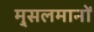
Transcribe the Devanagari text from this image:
मु्सलमानों